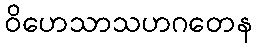
ဝိဟေသာသဟဂတေန